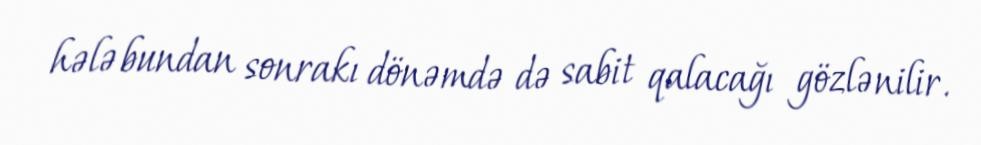
hələ bundan sonrakı dönəmdə də sabit qalacağı gözlənilir.